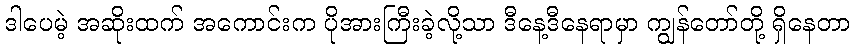
ဒါပေမဲ့ အဆိုးထက် အကောင်းက ပိုအားကြီးခဲ့လို့သာ ဒီနေ့ဒီနေရာမှာ ကျွန်တော်တို့ ရှိနေတာ